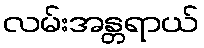
လမ်းအန္တရာယ်